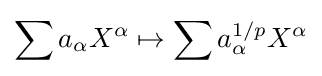
\sum a_{\alpha }X^{\alpha }\mapsto \sum a_{\alpha }^{1/p}X^{\alpha }